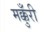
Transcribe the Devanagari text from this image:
मक्कुँरी